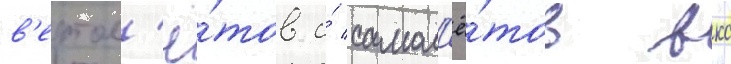
в'ертол'ё́тов и́ самол'ё́тов вкс